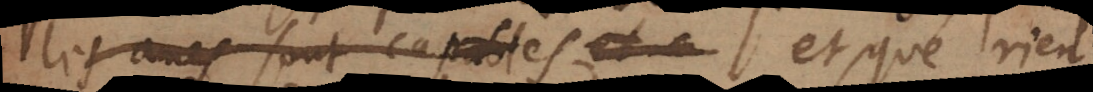
les ames sont capables et que rien